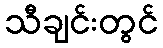
သီချင်းတွင်